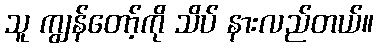
သူ ကျွန်တော့်ကို သိပ် နားလည်တယ်။